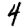
Digit: 4